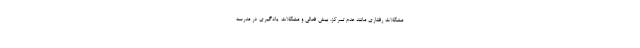
مشکلات رفتاری مانند عدم تمرکز، بیش فعالی و مشکلات یادگیری در مدرسه